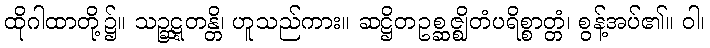
ထိုဂါထာတို့၌။ သဉ္ဆဋ္ဋတန္တိ၊ ဟူသည်ကား။ ဆဋ္ဌိတဥစ္ဆဇ္ဈိတံပရိစ္စာတ္တံ၊ စွန့်အပ်၏။ ဝါ၊